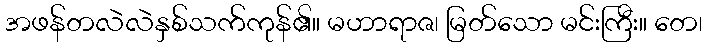
အဖန်တလဲလဲနှစ်သက်ကုန်၏။ မဟာရာဇ၊ မြတ်သော မင်းကြီး။ တေ၊